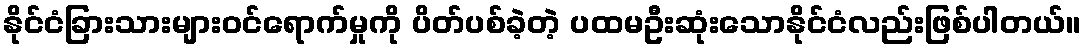
နိုင်ငံခြားသားများဝင်ရောက်မှုကို ပိတ်ပစ်ခဲ့တဲ့ ပထမဦးဆုံးသောနိုင်ငံလည်းဖြစ်ပါတယ်။